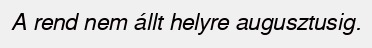
A rend nem állt helyre augusztusig.